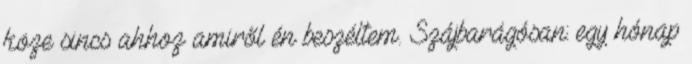
köze sincs ahhoz amiről én beszéltem. Szájbarágósan: egy hónap